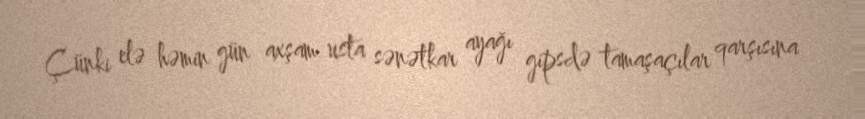
Çünki elə həmin gün axşam usta sənətkar ayağı gipsdə tamaşaçılar qarşısına